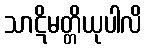
သာဋိမတ္တိယုပါလိ